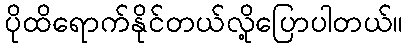
ပိုထိရောက်နိုင်တယ်လို့ပြောပါတယ်။